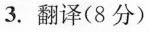
3.翻译(8分)